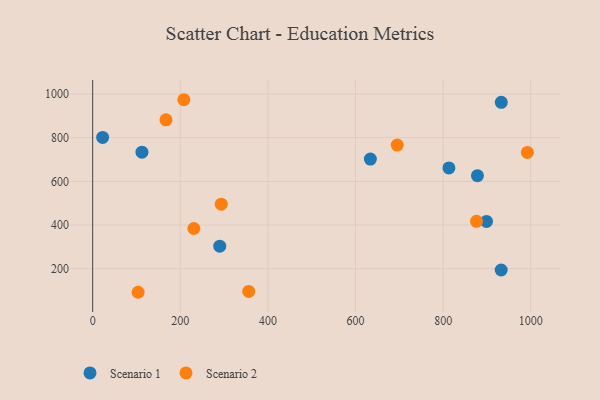
{"axis": {"x": "Engine Size", "y": "Sales"}, "legend": ["Scenario 1", "Scenario 2"], "data": [{"x": "932.7", "y": 961.8, "type": "Scenario 1"}, {"x": "633.9", "y": 702.0, "type": "Scenario 1"}, {"x": "22.7", "y": 801.0, "type": "Scenario 1"}, {"x": "899.0", "y": 416.3, "type": "Scenario 1"}, {"x": "112.5", "y": 733.5, "type": "Scenario 1"}, {"x": "290.1", "y": 303.1, "type": "Scenario 1"}, {"x": "813.2", "y": 661.5, "type": "Scenario 1"}, {"x": "878.3", "y": 625.9, "type": "Scenario 1"}, {"x": "932.5", "y": 193.8, "type": "Scenario 1"}, {"x": "992.3", "y": 732.6, "type": "Scenario 2"}, {"x": "356.1", "y": 95.9, "type": "Scenario 2"}, {"x": "230.9", "y": 384.0, "type": "Scenario 2"}, {"x": "103.7", "y": 91.8, "type": "Scenario 2"}, {"x": "293.5", "y": 495.5, "type": "Scenario 2"}, {"x": "208.1", "y": 973.9, "type": "Scenario 2"}, {"x": "695.2", "y": 766.0, "type": "Scenario 2"}, {"x": "167.3", "y": 881.9, "type": "Scenario 2"}, {"x": "876.2", "y": 416.7, "type": "Scenario 2"}]}